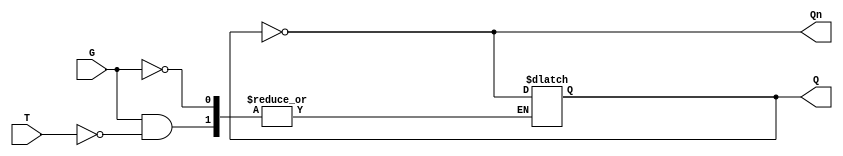
module GatedT_Latch (
    input wire T,      // Toggle input
    input wire G,      // Gate/Enable signal
    output reg Q,      // Output
    output wire Qn     // Complement of output
);

// Assigning complement of Q
assign Qn = ~Q;

// Always block that triggers on the rising edge of the enable signal G
always @(G or T) begin
    if (G) begin
        // When G is high, toggle based on T
        if (T) begin
            Q <= ~Q;  // Toggle the state of Q
        end
        // If T is low, maintain the current state of Q (no action needed)
    end
    // If G is low, do nothing, Q remains unchanged
end

endmodule